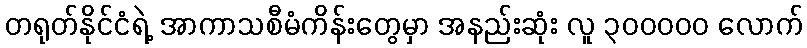
တရုတ်နိုင်ငံရဲ့ အာကာသစီမံကိန်းတွေမှာ အနည်းဆုံး လူ ၃၀၀၀၀၀ လောက်